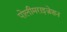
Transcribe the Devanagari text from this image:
पोलीमराइज़ेशन